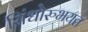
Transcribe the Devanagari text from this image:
सिंधोरुभयत